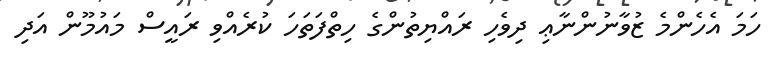
ހަމަ އެހެންމެ ޒުވާނުންނާޢި ދިވެހި ރައްޔިތުންގެ ހިތްފަތަހަ ކުރެއްވި ރައީސް މައުމޫން އަދި